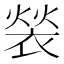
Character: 𬡤